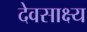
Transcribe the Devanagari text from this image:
देवसाक्ष्य